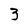
Character: 3